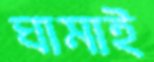
ঘামাই